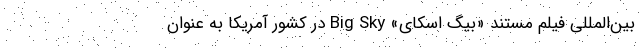
بین‌المللی فیلم مستند «بیگ اسکای» Big Sky در کشور آمریکا به عنوان